Vital statistics of India. Vol. V, Reports of 1876 on armies & jails and on epidemic cholera
Year: 1876
Disease focus: Cholera
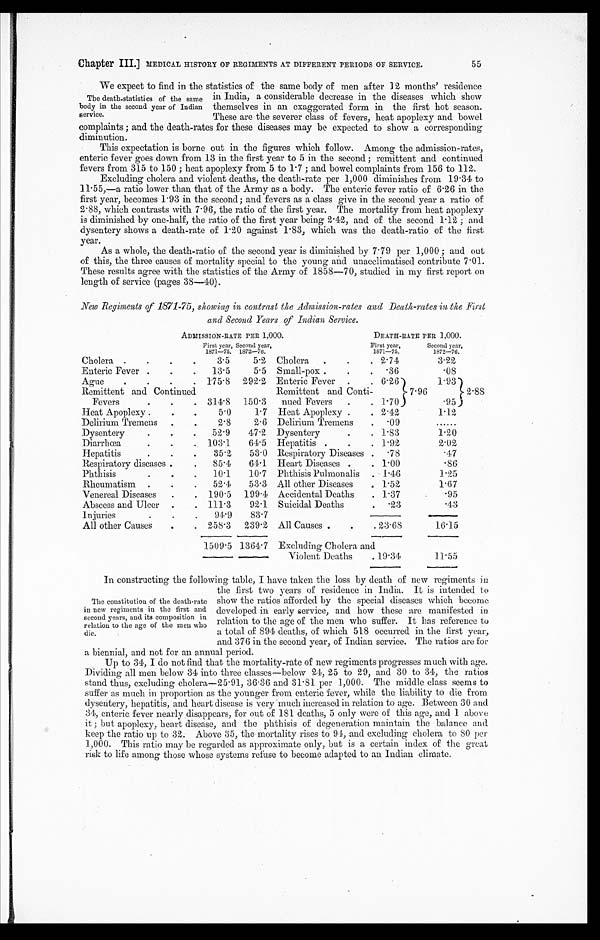
Chapter III.] MEDICAL HISTORY OF REGIMENTS AT DIFFERENT PERIODS OF SERVICE. 55
We expect to find in the statistics of the same body of men after 12 months' residence
The death-statistics of the same in India, a considerable decrease in the diseases which show
body in the second year of Indian themselves in an exaggerated form in the first hot season.
s e r v i c e . T h e s e a r e t h e s e v e r e r c l a s s o f f e v e r s , h e a t a p o p l e x y a n d b o w e l
complaints ; and the death-rates for these diseases may be expected to show a corresponding
diminution.
- This expectation is borne out in the figures which follow. Among the admission-rates,
enteric fever goes down from 13 in the first year to 5 in the second ; remittent and continued
fevers from 315 to 150 ; heat apoplexy from 5 to 1.7 ; and bowel complaints from 156 to 112.
Excluding cholera and violent deaths, the death-rate per 1,000 diminishes from 19 . 3 4 t o
1 1
. 5 5 , - a r a t i o l o w e r t h a n t h a t o f t h e A r m y a s a b o d y . T h e e n t e r i c f e v e r r a t i o o f 6
. 2 6 i n t h e
first year, becomes 1-93 in the second ; and fevers as a class give in the second year a ratio of
2.88, which contrasts with 7 .96, t he rat i o of t he fi rst year. The mort al i t y from heat apopl exy
is diminished by one-half, the ratio of the first year being 2/42, and of the second F12 ; and
dysentery shows a death-rate of 1.20 against 1.83, which was the death-ratio of the first
year. As a whole, the death-ratio of the second year is diminished by 7 .79 per 1, 000 ; and out
of this, the three causes of mortality special to the young and unacelimatised contribute 7.01.
These results agree with the statistics of the Army of 1858-70, studied in my first report on.
length of service (pages 38-40).
New Regiments of 1871-75, showing in contrast the Admission-rates and Death-rates in the first
and Second Years of Indian Service.
ADMISSION-RATE PER 1,000.
DEATH- RATE PER 1, 000.
First year, Second year,
First year,
Second year,
1871-75. 1872-76.
1871-75.
1872-76.
Cholera.
.
3.5
5.2 Cholera .
. 2.74
3.22
Enteric Fever ..
13.5
5.5 Small-pox . .
. .36
.08
Ague.
175.8 292.2, Enteric Fever
6.26 7.96
1..93) 2.88
Remittent and Continued
. .
Fevers. 314.8 150.3
Remittent and Conti-
Hued Fevers . . 1.70
.95
Heat Apoplexy ..
. 5.0 1:7 Heat Apoplexy . . 2.42
1.12
Delirium Tremens ..
2.8
2.6 Delirium Tremens . -09
. . . . . .
Dysentery.
52.9 47.2 Dysentery
. .
1 : 8 3
1.20
Diarrhoea.
103 . 1 61.5 Hepatitis . .
. 1.92
2.02
Hepatitis.
35.2 53.0 Respiratory Diseases . .78
.17
Respiratory diseases . .
85.4 64. 1 Heart Diseases . . 1.00
-86
Phthisis.
10 . 1 10.7 Phthisis Pulmonalis 1.46
1.25
Rheumatism.
. 52.4 53.3 All other Diseases
. .
1 . 5 2
1-67
Venereal Diseases . ,
190.5 199.4 Accidental Deaths . 1.3
.95
Abscess and Ulcer . .
111.3 92 . 1 Suicidal Deaths
. 23
.43
Injuries
91.9 83.7
.
All other Causes.
258.3 239.2 All Causes . .
. 23.68
-
16.15
1509.5 1361.7 Excluding Cholera and
Violent Deaths . 19. 3 1
11:55
In constructing the following table, I have taken the loss by death of new regiments in
the first two years of residence in India. It is intended to
The constitution of the death-rate show the ratios afforded by the special diseases which become
in new regiments in the first and developed in early service, and how these are manifested in.
second years, and its composition in relation to the age of the men who suffer. It has reference to
relation to the age of the men who
die. a total of 894 deaths, of which 518 occurred in the first year,
and 376 in the second year, of Indian service. The ratios are for
a biennial, and not for an annual period.
Up to 34, I do not find that the mortality-rate of new regiments progresses much with age.
Dividing all men below 34 into three classes-below 24, 25 to 29, and 30 to 34, the ratios
stand thus, excluding cholera-25.91, 36.36 and. 31. 8 1 p e r 1 , 0 0 0 . T h e m i d d l e c l a s s s e e m s t o
suffer as much in proportion as the younger from enteric fever, while the. liability to die from
dysentery, hepatitis, and heart disease is very . m u c h i n c r e a s e d i n r e l a t i o n t o a g e . B e t w e e n 3 0 a n d
34, ent eri c fever nearl y di sappears, for out of 181 deat hs, 5 onl y were of t hi s age, and 1 above
it ; but apoplexy, heart disease, and the phthisis of degeneration maintain the balance and
keep t he r at i o up t o 32. Above 35, t he mor t al i t y r i ses t o 9 . 1 , a n d e x c l u d i n g c h o l e r a t o S O 1 ) ( 2 ' -
1 , 0 0 0 . T h i s r a t i o m a y b e r e g a r d e d a s a p p r o x i m a t e o n l y , b u t i s a c e r t a i n . i n d e x o f t h e g r e a t
risk to life among those whose systems refuse to become adapted to an Indian climate.